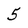
Character: 5